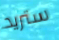
ستريد